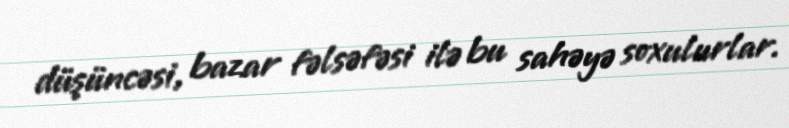
düşüncəsi, bazar fəlsəfəsi ilə bu sahəyə soxulurlar.